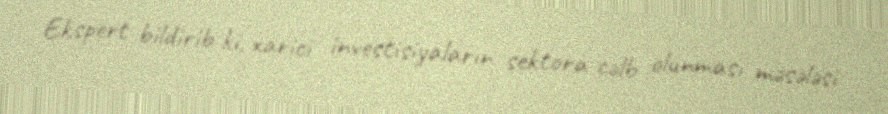
Ekspert bildirib ki, xarici investisiyaların sektora cəlb olunması məsələsi